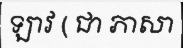
ឡាវ ( ជា ភាសា